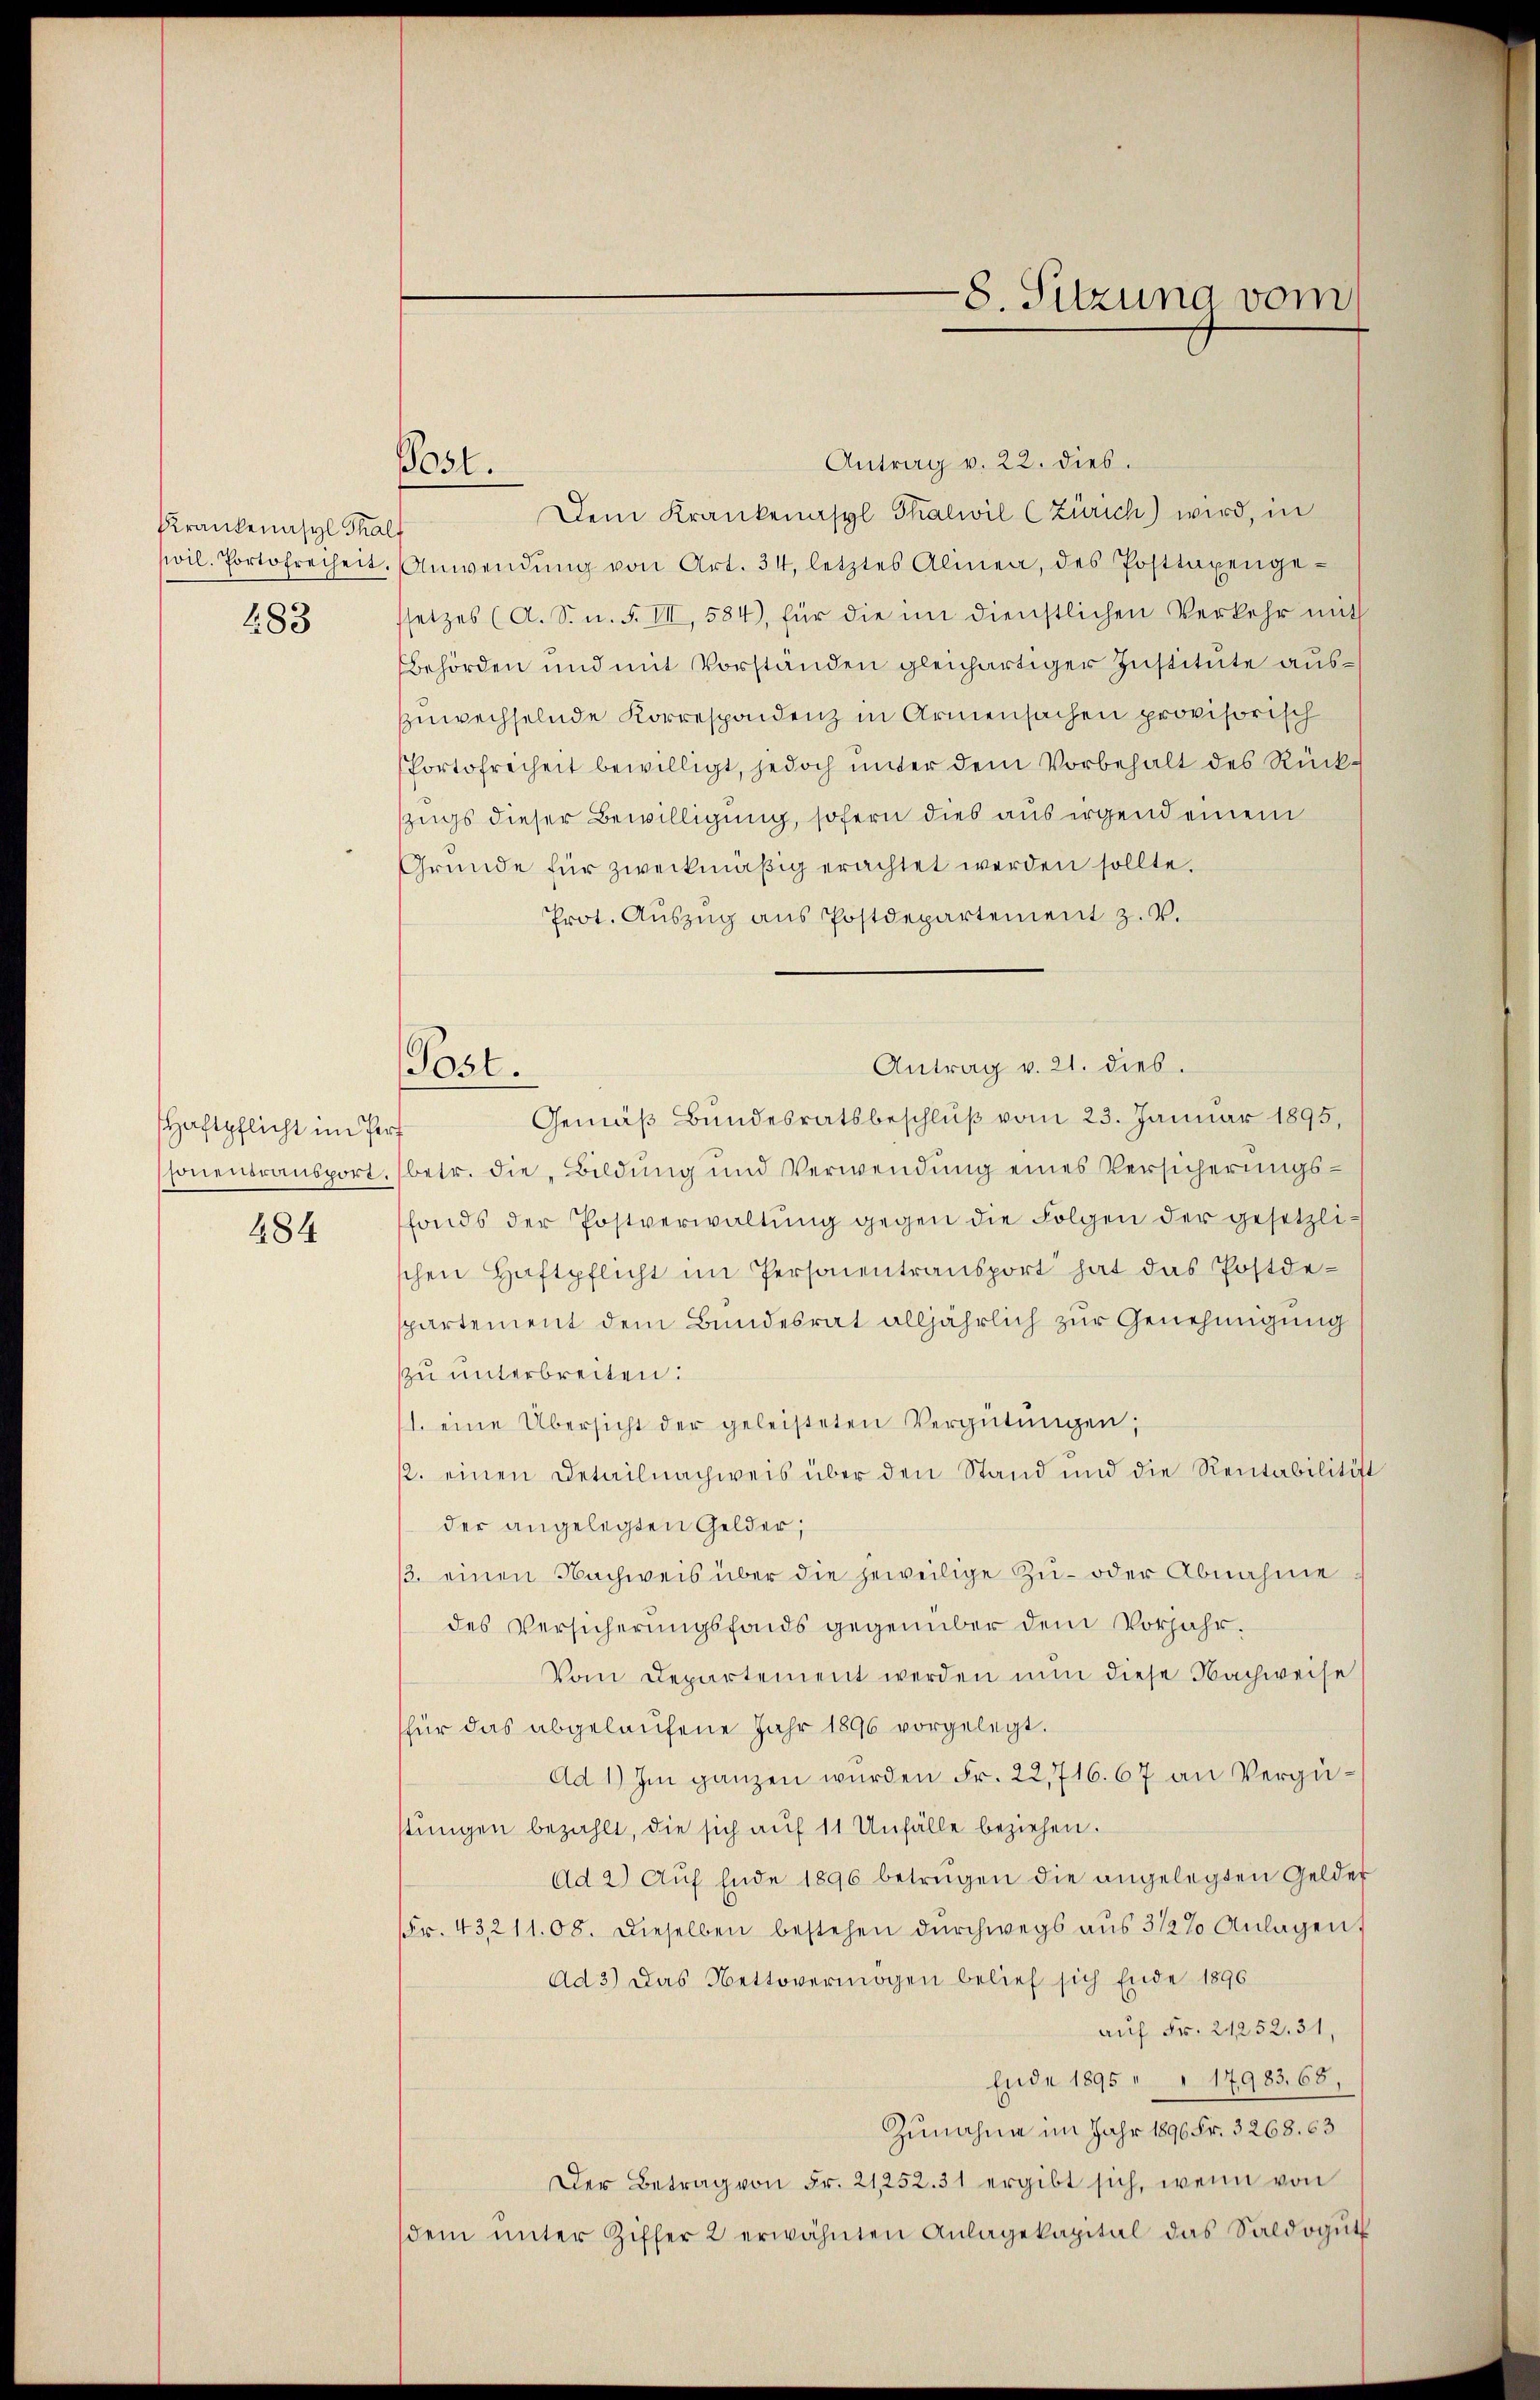
Krankenasyl Thalf
283

Haftpflicht im Porf
484

Antrag v. 22. dies.
Dem Krankenasyl Thalwil (Zürich) wird, in
wil. Portofreiheit. Anwendŭng von Art. 34, letztes Alinea, des Posttaxenge-
ssetzes (A. S. n. F. VII, 584), für die im dienstlichen Verkehr mit
Behörden und mit Vorständen gleichartiger Institute auszuwechselnde Korrespondenz in Armensachen provisorisch
Portofreiheit bewilligt, jedoch unter dem Vorbehalt des Rückzugs dieser Bewilligung, sofern dies aus irgend einem
Gründe für zweckmäβig erachtet werden sollte.
Prot. Auszug aus Postdepartement z. v.
Gemäß Bundesratsbeschluß vom 23. Januar 1895,
sonentransport, (betr. die Bildung und Verwendung eines Versicherungsfonds der Postverwaltŭng gegen die Folgen der gesetzlischen Haftpflicht im Personentransport hat das Postdespartement dem Bundesrat alljährlich zur Genehmigung
zu unterbreiten:
1. eine Übersicht der geleisteten Vergütŭngen,
2. einen Detail nachweis über den Stand und die Rentabilitift
der angelegten Gelder;
3. einen Nachweis über die jeweilige Zu- oder Abnahme
des Versicherungsfonds gegenüber dem Vorjahr.
Vom Departement werden nun diese Nachweise
für das abgelaufene Jahr 1896 vorgelegt.
Ad 1) Im ganzen wurden Fr. 22,716. 67 an Vergüstungen bezahlt, die sich auf 11 Unfälle beziehen.
Ad 2) Aŭf Ende 1896 betrügen die angelegten Gelder
Fr. 43211.08. Dieselben bestehen durchwegs aus 3 1/2% Anlagen
Ad 3) Das Nettovermögen belief sich Ende 1896
auf Fr. 21252. 31,
Ende 1895 " " 17983. 68.
Zunahme im Jahr 1896 Fr. 3268. 63
Der Betrag von Fr. 21252. 31 ergibt sich, wenn von
dem ŭnter Ziffer 2 erwähnten Anlagekapital das Saldogŭt

Post.

Post.

Antrag v. 21. dies.

8. Sitzung vom